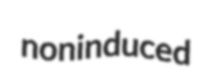
noninduced